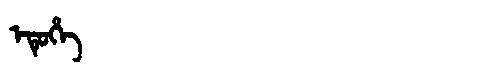
Manchu: ᡝᡨᡠᡥᡝ
Romanization: ETUHE